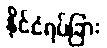
နိုင်ငံရပ်ခြား